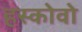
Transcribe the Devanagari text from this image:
हस्कोवो